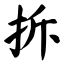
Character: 拆